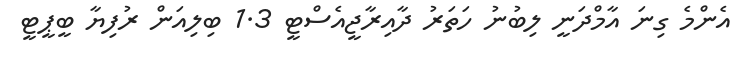
އެންމެ ގިނަ އާމްދަނީ ލިބުނު ހަތަރު ދާއިރާޖީއެސްޓީ 1.3 ބިލިއަން ރުފިޔާ ބީޕީޓީ